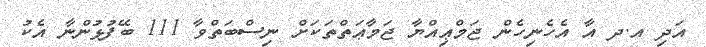
އަދި އ.ދ އާ އެހެނިހެން ޖަމްޢިއްޔާ ޖަމާޢަތްތަކަށް ނިސްބަތްވާ 111 ބޭފުޅުންނާ އެކު